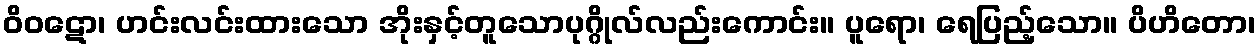
ဝိဝဋော၊ ဟင်းလင်းထားသော အိုးနှင့်တူသောပုဂ္ဂိုလ်လည်းကောင်း။ ပူရော၊ ရေပြည့်သော။ ပိဟိတော၊